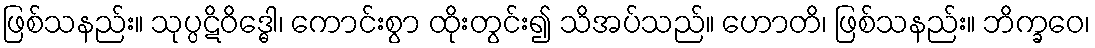
ဖြစ်သနည်း။ သုပ္ပဋိဝိဒ္ဓေါ၊ ကောင်းစွာ ထိုးတွင်း၍ သိအပ်သည်။ ဟောတိ၊ ဖြစ်သနည်း။ ဘိက္ခဝေ၊